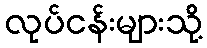
လုပ်ငန်းများသို့